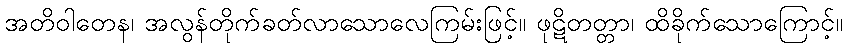
အတိဝါတေန၊ အလွန်တိုက်ခတ်လာသောလေကြမ်းဖြင့်။ ဖုဋိတတ္တာ၊ ထိခိုက်သောကြောင့်။